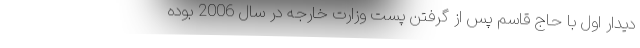
دیدار اول با حاج قاسم پس از گرفتن پست وزارت خارجه در سال 2006 بوده